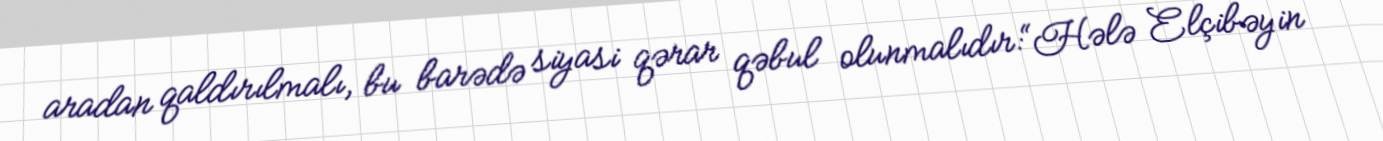
aradan qaldırılmalı, bu barədə siyasi qərar qəbul olunmalıdır:“Hələ Elçibəyin